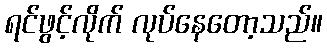
ရင်ဖွင့်လိုက် လုပ်နေတော့သည်။